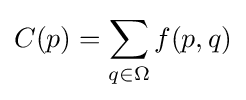
C(p)=\sum _{q\in \Omega }f(p,q)